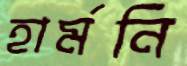
হার্মনি